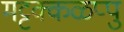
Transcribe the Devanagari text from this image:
मट्टक्कळप्पु